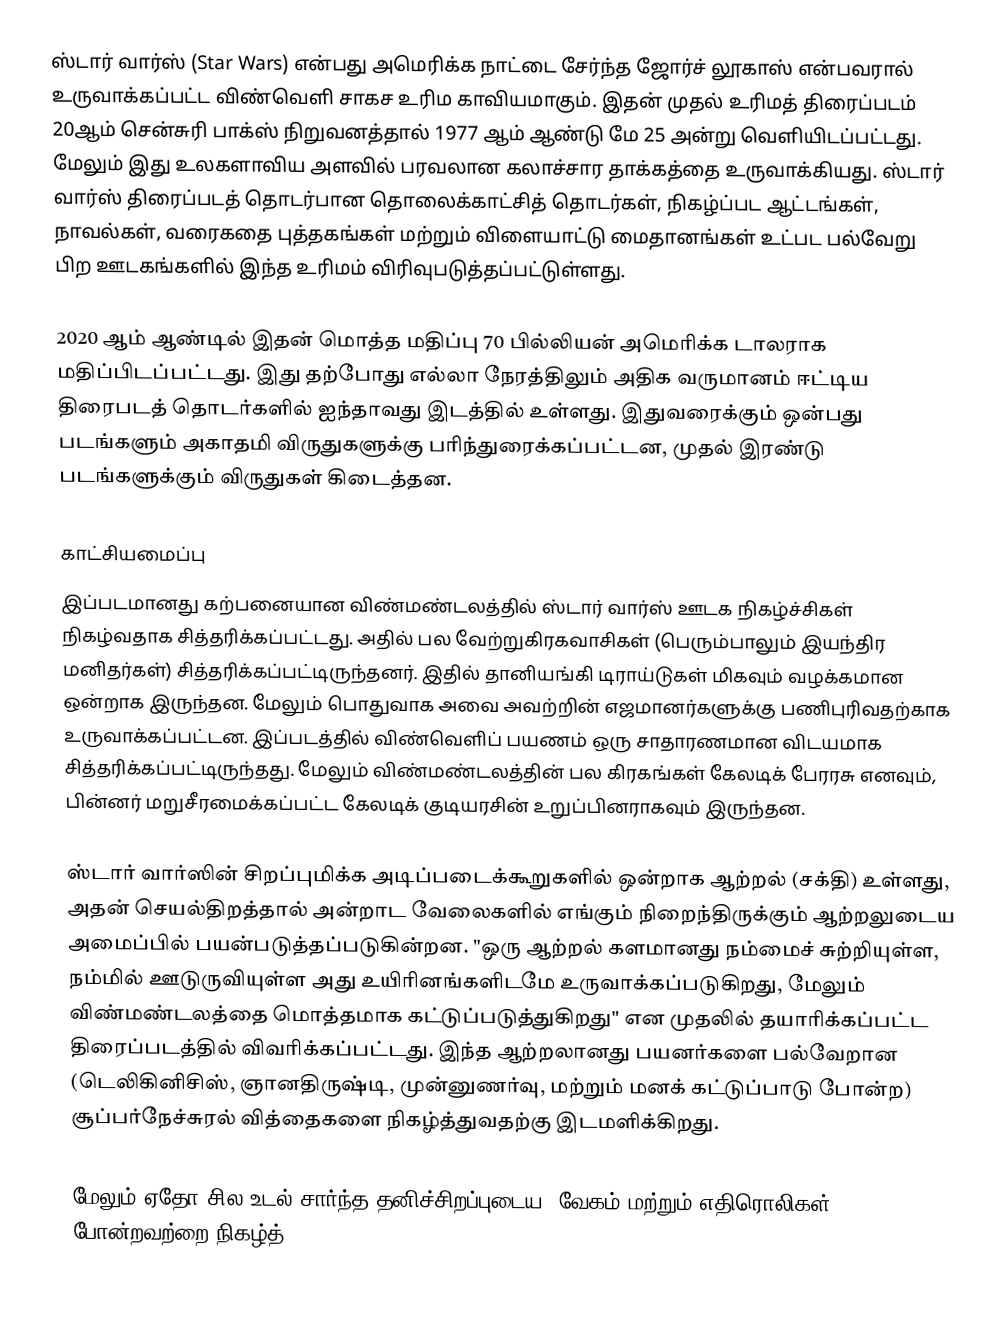
ஸ்டார் வார்ஸ் (Star Wars) என்பது அமெரிக்க நாட்டை சேர்ந்த ஜோர்ச் லூகாஸ் என்பவரால் உருவாக்கப்பட்ட விண்வெளி சாகச உரிம காவியமாகும். இதன் முதல் உரிமத் திரைப்படம் 20ஆம் சென்சுரி பாக்ஸ் நிறுவனத்தால் 1977 ஆம் ஆண்டு மே 25 அன்று வெளியிடப்பட்டது. மேலும் இது உலகளாவிய அளவில் பரவலான கலாச்சார தாக்கத்தை உருவாக்கியது. ஸ்டார் வார்ஸ் திரைப்படத் தொடர்பான தொலைக்காட்சித் தொடர்கள், நிகழ்ப்பட ஆட்டங்கள், நாவல்கள், வரைகதை புத்தகங்கள் மற்றும் விளையாட்டு மைதானங்கள் உட்பட பல்வேறு பிற ஊடகங்களில் இந்த உரிமம் விரிவுபடுத்தப்பட்டுள்ளது.

2020 ஆம் ஆண்டில் இதன் மொத்த மதிப்பு 70 பில்லியன் அமெரிக்க டாலராக மதிப்பிடப்பட்டது. இது தற்போது எல்லா நேரத்திலும் அதிக வருமானம் ஈட்டிய திரைபடத் தொடர்களில் ஐந்தாவது இடத்தில் உள்ளது. இதுவரைக்கும் ஒன்பது படங்களும் அகாதமி விருதுகளுக்கு பரிந்துரைக்கப்பட்டன, முதல் இரண்டு படங்களுக்கும் விருதுகள் கிடைத்தன.

காட்சியமைப்பு
இப்படமானது கற்பனையான விண்மண்டலத்தில் ஸ்டார் வார்ஸ் ஊடக நிகழ்ச்சிகள் நிகழ்வதாக சித்தரிக்கப்பட்டது. அதில் பல வேற்றுகிரகவாசிகள் (பெரும்பாலும் இயந்திர மனிதர்கள்) சித்தரிக்கப்பட்டிருந்தனர். இதில் தானியங்கி டிராய்டுகள் மிகவும் வழக்கமான ஒன்றாக இருந்தன. மேலும் பொதுவாக அவை அவற்றின் எஜமானர்களுக்கு பணிபுரிவதற்காக உருவாக்கப்பட்டன. இப்படத்தில் விண்வெளிப் பயணம் ஒரு சாதாரணமான விடயமாக சித்தரிக்கப்பட்டிருந்தது. மேலும் விண்மண்டலத்தின் பல கிரகங்கள் கேலடிக் பேரரசு எனவும், பின்னர் மறுசீரமைக்கப்பட்ட கேலடிக் குடியரசின் உறுப்பினராகவும் இருந்தன.

ஸ்டார் வார்ஸின் சிறப்புமிக்க அடிப்படைக்கூறுகளில் ஒன்றாக ஆற்றல் (சக்தி) உள்ளது, அதன் செயல்திறத்தால் அன்றாட வேலைகளில் எங்கும் நிறைந்திருக்கும் ஆற்றலுடைய அமைப்பில் பயன்படுத்தப்படுகின்றன. "ஒரு ஆற்றல் களமானது நம்மைச் சுற்றியுள்ள, நம்மில் ஊடுருவியுள்ள அது உயிரினங்களிடமே உருவாக்கப்படுகிறது, மேலும் விண்மண்டலத்தை மொத்தமாக கட்டுப்படுத்துகிறது" என முதலில் தயாரிக்கப்பட்ட திரைப்படத்தில் விவரிக்கப்பட்டது. இந்த ஆற்றலானது பயனர்களை பல்வேறான (டெலிகினிசிஸ், ஞானதிருஷ்டி, முன்னுணர்வு, மற்றும் மனக் கட்டுப்பாடு போன்ற) சூப்பர்நேச்சுரல் வித்தைகளை நிகழ்த்துவதற்கு இடமளிக்கிறது.

மேலும் ஏதோ சில உடல் சார்ந்த தனிச்சிறப்புடைய, வேகம் மற்றும் எதிரொலிகள் போன்றவற்றை நிகழ்த்